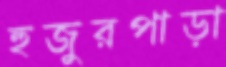
হুজুরপাড়া